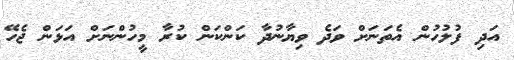
އަދި ފުލުހުން އެތަނަށް ވަދެ ވިޔާނުދާ ކަންކަން ކުރާ މީހުންނަށް އަޅަން ޖެހޭ